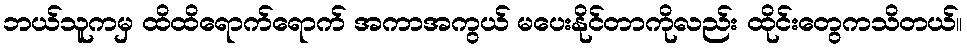
ဘယ်သူကမှ ထိထိရောက်ရောက် အကာအကွယ် မပေးနိုင်တာကိုလည်း ထိုင်းတွေကသိတယ်။